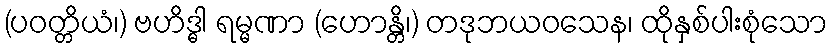
(ပဝတ္တိယံ၊) ဗဟိဒ္ဓါ ရမ္မဏာ (ဟောန္တိ၊) တဒုဘယဝသေန၊ ထိုနှစ်ပါးစုံသော